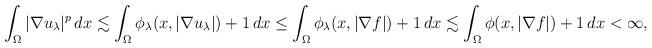
LaTeX: \begin{align*}\int_\Omega |\nabla u_\lambda|^p\,dx&\lesssim \int_\Omega\phi_\lambda(x,|\nabla u_\lambda|)+1\,dx\le\int_\Omega\phi_\lambda(x,|\nabla f|)+1\,dx\lesssim \int_\Omega\phi(x,|\nabla f|)+1\,dx<\infty,\end{align*}